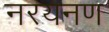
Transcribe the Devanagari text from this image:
नरयनण